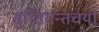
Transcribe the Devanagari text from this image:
सुप्तिंगन्तचयो